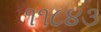
૧૧૮૪૩